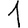
Digit: 1